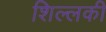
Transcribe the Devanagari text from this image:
शिल्लकी